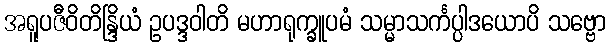
အရူပဇီဝိတိန္ဒြိယံ ဥပဒ္ဒဝါတိ မဟာရုက္ခူပမံ သမ္မာသင်္ကပ္ပါဒယောပိ သဗ္ဗော